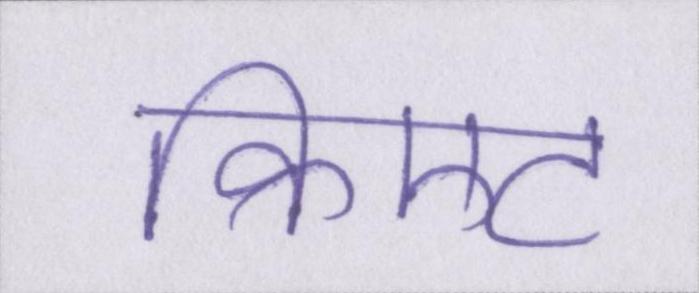
क्रिएट